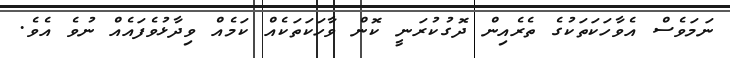
ނަަމަވެސް އެވާހަކަތަކުގެ ތެރެއިން ދޮގުކުރަނީ ކޮން ވާހަކަތަކެއް ކަމެއް ވިދާޅުވެފައެއް ނުވެ އެވެ.